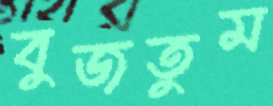
বুজতুম